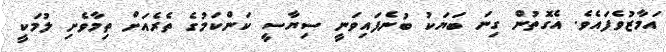
އަމާޒުވެފައެވެ. އެގޮތުން ގިނަ ބަޔަކު ބުނެފައިވަނީ ސިޔާސީ ކަންކަމުގެ ތެރެއަށް ތިމާވެށި ލުމަކީ